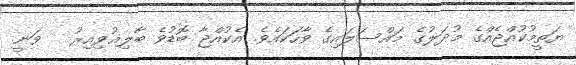
ޔަތީމުކުއްޖެއްގެ މުދަލުގެ މައްސަލައިގެ ވާހަކައެވެ. އެކުއްޖާ ބޮޑުވެ ބާލިޣުވިއިރު   ވަނީ